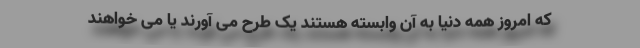
که امروز همه دنیا به آن وابسته هستند یک طرح می آورند يا می خواهند